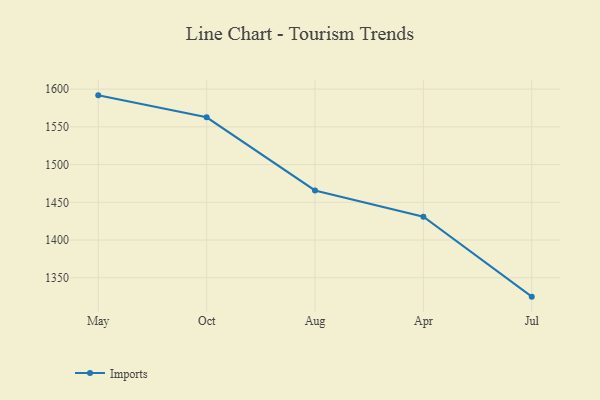
{"axis": {"x": "Month", "y": "Customer Acquisition Cost (USD)"}, "legend": ["Imports"], "data": [{"x": "May", "y": 1591.7, "type": "Imports"}, {"x": "Oct", "y": 1562.6, "type": "Imports"}, {"x": "Aug", "y": 1465.7, "type": "Imports"}, {"x": "Apr", "y": 1430.8, "type": "Imports"}, {"x": "Jul", "y": 1325.0, "type": "Imports"}]}